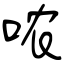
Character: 哝